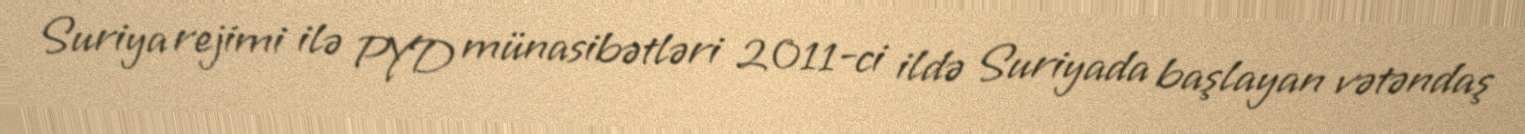
Suriya rejimi ilə PYD münasibətləri 2011-ci ildə Suriyada başlayan vətəndaş